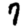
Digit: 7